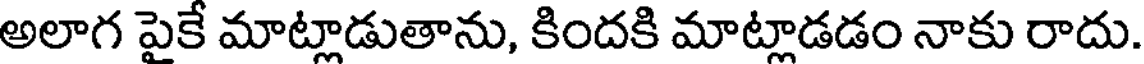
అలాగ పైకే మాట్లాడుతాను, కిందకి మాట్లాడడం నాకు రాదు.